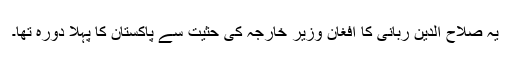
یہ صلاح الدین ربانی کا افغان وزیر خارجہ کی حثیت سے پاکستان کا پہلا دورہ تھا۔